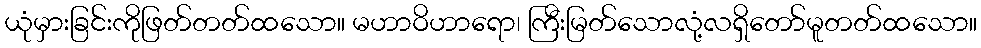
ယုံမှားခြင်းကိုဖြတ်တတ်ထသော။ မဟာဝိဟာရော၊ ကြီးမြတ်သောလုံ့လရှိတော်မူတတ်ထသော။